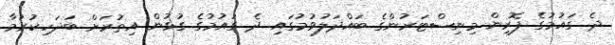
ދެ ގައުމުގެ ފޮރިން މިނިސްޓަރުންގެ ބައްދަލުވުމުގައި ދެ ގައުމުގެ ގުޅުން އިތުރަށް ބަދަހިކުރުމާ